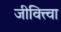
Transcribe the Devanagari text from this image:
जीवित्त्वा